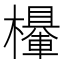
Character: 𣞹